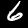
Digit: 6